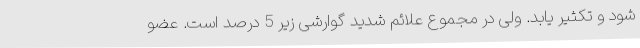
شود و تکثیر یابد. ولی در مجموع علائم شدید گوارشی زیر 5 درصد است. عضو